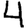
Digit: 4